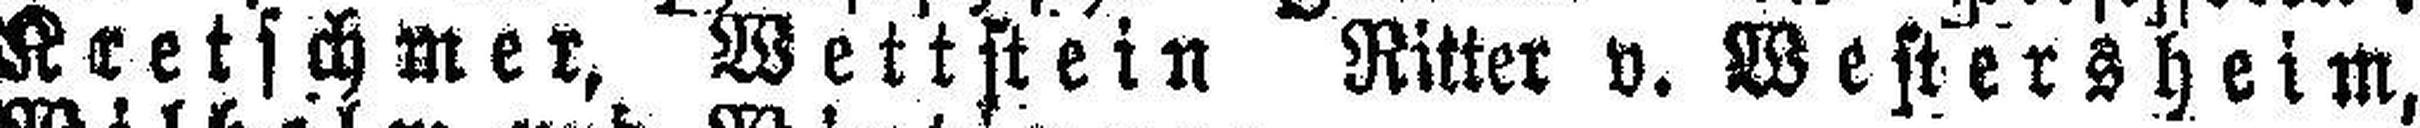
Kretschmer, Wettstein Ritter v. Westersheim,